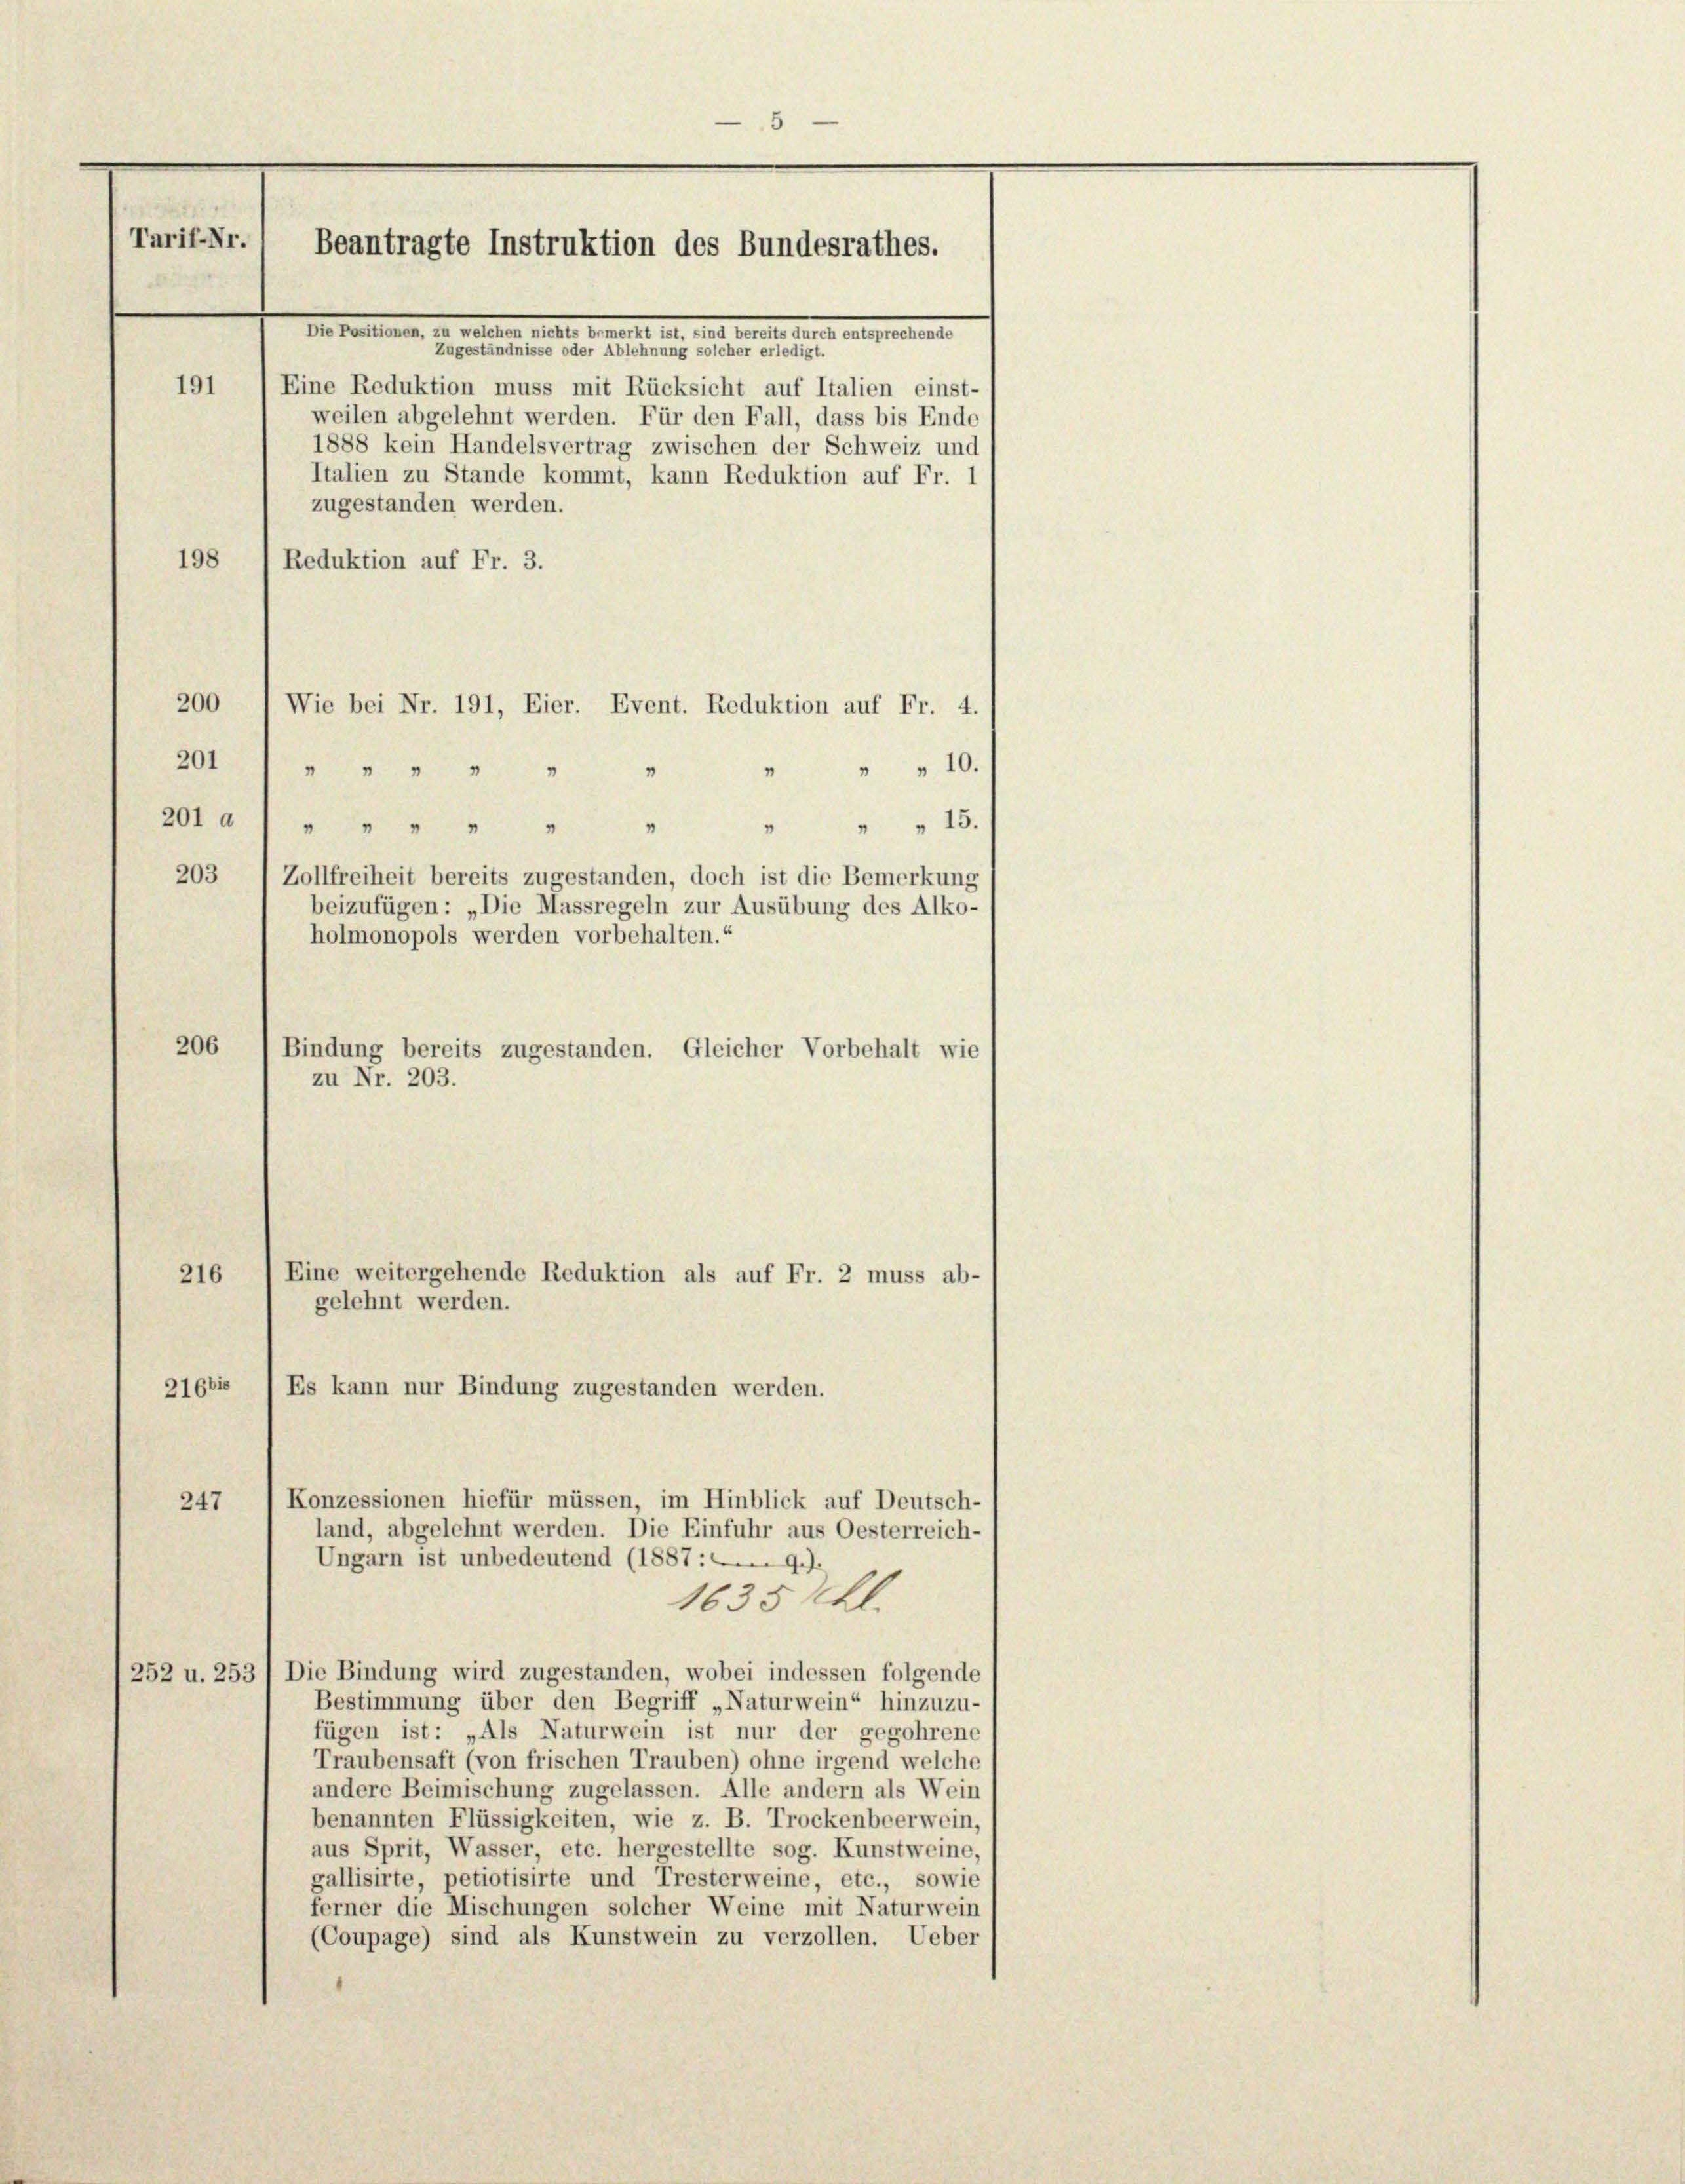
5
Tarif-Nr.
Beantragte Instruktion des Bundesrathes.
.d. 10. 19. d. 24. Aug. 1910

191
Eine Reduktion muss mit Rücksicht auf Italien einst-
weilen abgelehnt werden. Für den Fall, dass bis Ende
1888 kein Handelsvertrag zwischen der Schweiz und
Italien zu Stande kommt, kann Reduktion auf Fr. 1
zugestanden werden.
198
Reduktion auf Fr. 3.
" " 10.
" " 15.
201 a) " " " "
"
203, Zollfreiheit bereits zugestanden, doch ist die Bemerkung
beizufügen: „Die Massregeln zur Ausübung des Alko-
holmonopols werden vorbehalten.“
206
Bindung bereits zugestanden. Gleicher Vorbehalt wie
zu Nr. 203.
Eine weitergehende Reduktion als auf Fr. 2 muss ab-
216
gelehnt werden.
21661 " Es kann nur Bindung zugestanden werden.
Konzessionen hiefür müssen, im Hinblick auf Deutsch-
247
land, abgelehnt werden. Die Einfuhr aus Oesterreich-
Ungarn ist unbedeutend (1887 :9.).
1635 fl.
252 u. 253) Die Bindung wird zugestanden, wobei indessen folgende
Bestimmung über den Begriff „Naturwein“ hinzuzu-
fügen ist: „Als Naturwein ist nur der gegohrene
Traubensaft (von frischen Trauben) ohne irgend welche
andere Beimischung zugelassen. Alle andern als Wein
benannten Flüssigkeiten, wie z. B. Trockenbeerwein,
aus Sprit, Wasser, etc. hergestellte sog. Kunstweine,
gallisirte, petiotisirte und Tresterweine, etc., sowie
ferner die Mischungen solcher Weine mit Naturwein
(Coupage) sind als Kunstwein zu verzollen. Ueber

200 " Wie bei Nr. 191, Eier. Event. Reduktion auf Fr. 4.
201) " " "